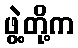
ဖွဲ့တို့က